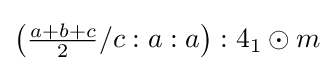
\left({\tfrac {a+b+c}{2}}/c:a:a\right):4_{1}\odot m